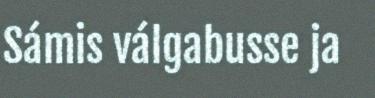
Sámis válgabusse ja